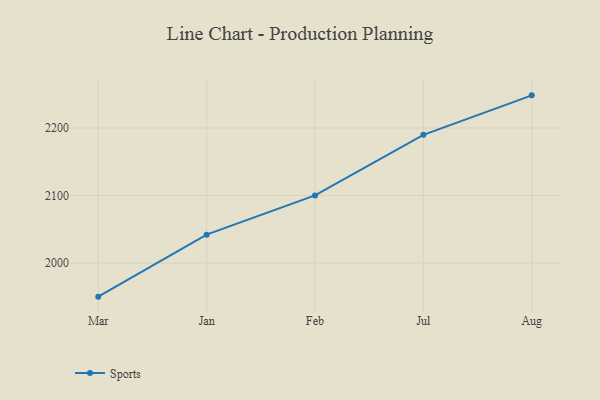
{"axis": {"x": "Month", "y": "Budget (USD K)"}, "legend": ["Sports"], "data": [{"x": "Mar", "y": 1950.2, "type": "Sports"}, {"x": "Jan", "y": 2042.0, "type": "Sports"}, {"x": "Feb", "y": 2100.2, "type": "Sports"}, {"x": "Jul", "y": 2189.9, "type": "Sports"}, {"x": "Aug", "y": 2248.4, "type": "Sports"}]}